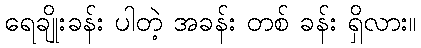
ရေချိုးခန်း ပါတဲ့ အခန်း တစ် ခန်း ရှိလား။